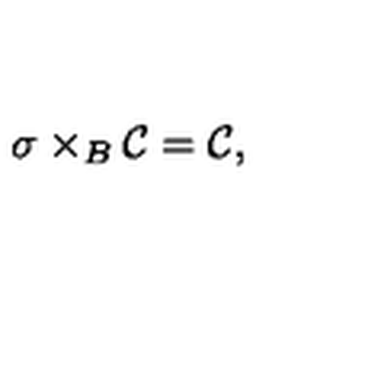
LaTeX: \sigma \times _ { B } { \cal { C } } = { \cal { C } } ,